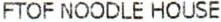
FTOF NOODLE HOUSE